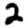
Digit: 2